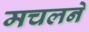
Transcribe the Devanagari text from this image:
मचलने